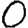
Digit: 0